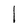
Character: l